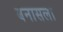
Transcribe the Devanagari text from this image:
बनासला